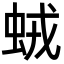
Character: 𧊕